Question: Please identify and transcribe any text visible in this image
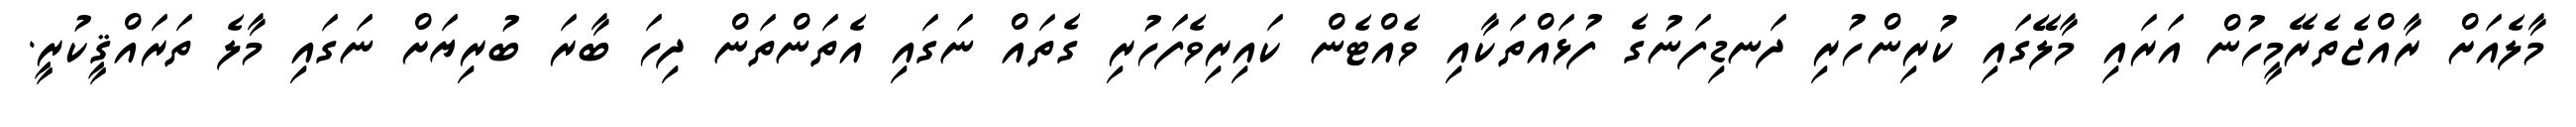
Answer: މާލެއަށް ރާއްޖެތެރޭމީހުން އަރައި މާލޭގައި ކުރިންހުރި ދަނޑިފަނުގެ ފުޅައްތަކާއި ވެއްޓެން ކައިރިވެފަހުރި ގެތައް ނަގައި އެތަންތަން ދިހަ ބާރަ ބުރިޔަށް ނަގައި މާލެ ތަރައްޤީކުރީ.